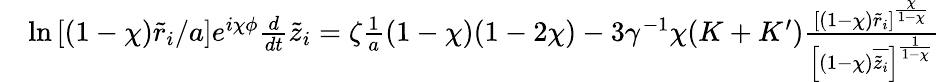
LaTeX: \begin{array}{rl}&{\ln\left[(1-\chi)\tilde{r}_{i}/a\right]e^{i\chi\phi}\frac{d}{dt}\tilde{z}_{i}=\zeta\frac{1}{a}(1-\chi)(1-2\chi)-3\gamma^{-1}\chi(K+K^{\prime})\frac{[(1-\chi)\tilde{r}_{i}]^{\frac{\chi}{1-\chi}}}{\left[(1-\chi)\overline{{\tilde{z}_{i}}}\right]^{\frac{1}{1-\chi}}}}\end{array}